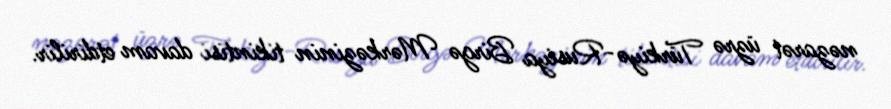
nəzarət üzrə Türkiyə-Rusiya Birgə Mərkəzinin tikintisi davam etdirilir.